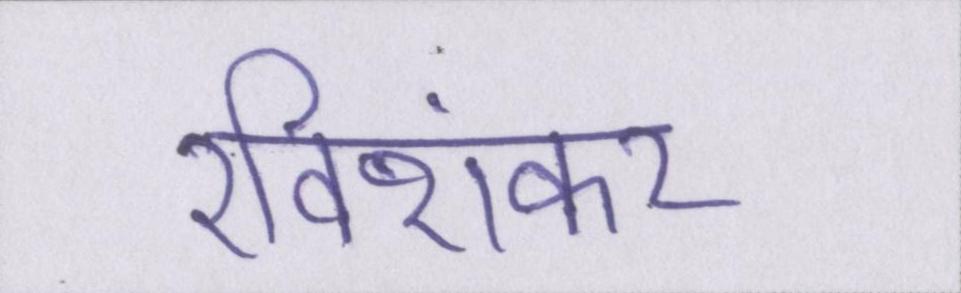
रविशंकर